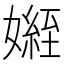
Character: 𭒟